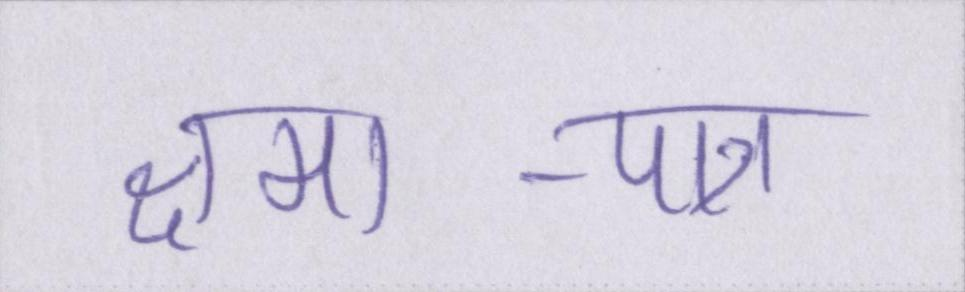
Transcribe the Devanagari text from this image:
क्षमा-पात्र